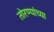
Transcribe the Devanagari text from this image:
तोरण्यांच्या